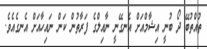
ތުއްތުބޭ ދޯ ބުނީ އިޝާމްއަށް އެނގޭނީ ނާއިލްގެ ފަރާތުން ކަން ނައިހާއަށް އެނގެއެވެ.